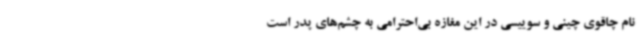
نام چاقوی چینی و سوییسی در این مغازه بی‌احترامی به چشم‌های پدر است